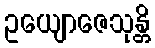
ဥယျောဇေသုန္တိ